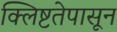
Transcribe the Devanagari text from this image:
क्लिष्टतेपासून